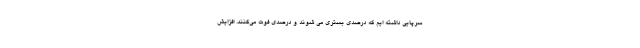
سرپایی داشته ایم که درصدی بستری می شوند و درصدی فوت می‌کنند. افزایش